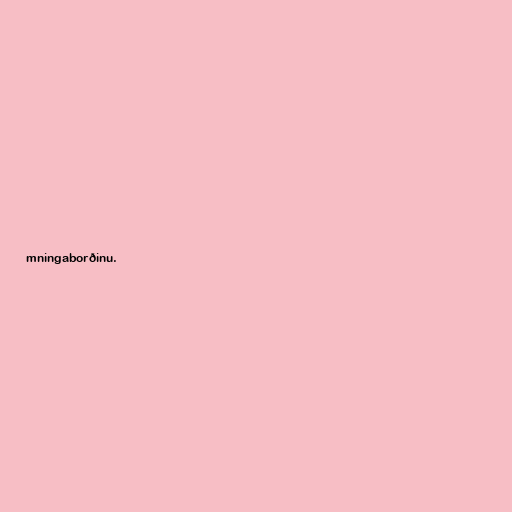
mningaborðinu.